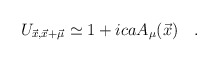
\begin{align*}U_{\vec{x},\vec{x}+\vec{\mu}}\simeq 1+icaA_{\mu}(\vec{x})\quad .\end{align*}